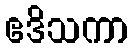
ဧဒိသကာ